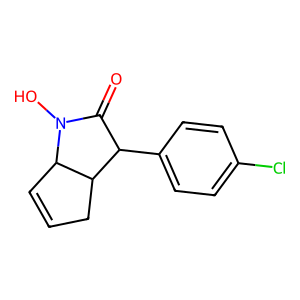
SMILES: O=C1C(c2ccc(Cl)cc2)C2CC=CC2N1O
Inhibits HIV replication: No